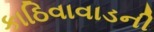
કાઠિવાવાડની